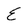
Character: E